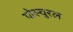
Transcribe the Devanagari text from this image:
पोस्चुरल